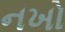
નખો